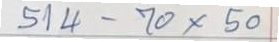
514 - 70 x 50